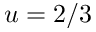
u = 2 / 3